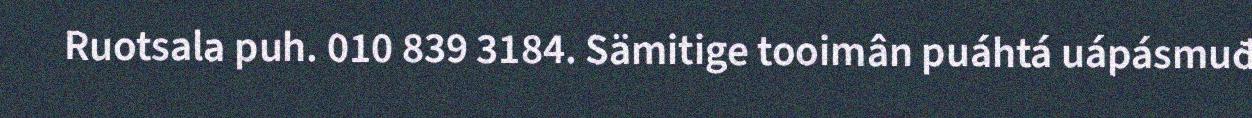
Ruotsala puh. 010 839 3184. Sämitige tooimân puáhtá uápásmuđ